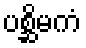
ပစ္ဆိမကံ